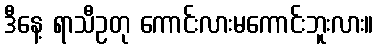
ဒီနေ့ ရာသီဥတု ကောင်းလားမကောင်းဘူးလား။